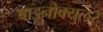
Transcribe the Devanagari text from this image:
बाइनोक्युलर